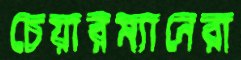
চেয়ারম্যানেরা